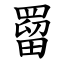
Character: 罶